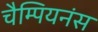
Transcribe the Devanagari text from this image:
चैम्पियनंस